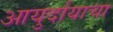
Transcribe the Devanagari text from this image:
आयुर्दायाचा